Statistical return of the lunatic asylum in Assam - 1912-1932
Year: 1912
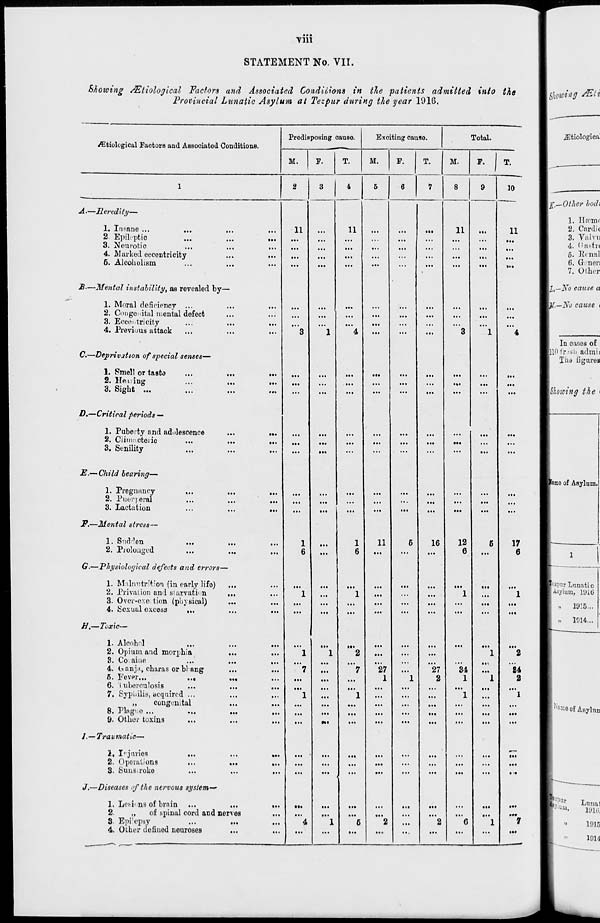
vm
STATEMENT No. VII.
Showing /ZLtiological Factors and Associated Conditions in the patients admitted into the
Provincial Lunatic Asylum at Tezpur during the year 1916.
/Etiological Factors and Associated Conditions.
Predisposing cause.
M.
Exciting causo.
Total.
M.
A.—Heredity—
1. Insane ...
..
2 Epileptic
3. Neurotic
4. Marked eccentricity
6. Alcoholism
B—Mental instability, as revealed by—
1. Moral deficiency ...
2. Congenital mental defect
3. Eccentricity
4. Previous attack
C.—Deprivation of special senses-
1. Smell or tasta
2. He i: ins
3. Sight
J o
D.—Critical periods —
1. Puberty and adolescence
2. CJimaoterio
3. Senility
E.— Child hearing—
1. Pregnancy
2. Puerperal
3. Lactation
F.—Mental stress—
1. Sudden
2. PioloiuR'd
G.—Physiological defects and errors—
1. Malnutrition (in early life)
,
2. Privation and starvation
3. Over-exe tion (physical)
4. Sexual excess
...
H.—Toxic—
1. Alcohol
2. Opium and morphia
8. Cocaine
4. (aranja, charas or bl ang
6. Fever...
...
6. tuberculosis
7. Sypliilis, acquired ...
„
congenital
8. Plague ...
9. Other toxins
•••
I.—Traumatic—
1. I' juries
2. Operations
3. Suus.roke
J.—Diseases of the nervous system—
1. Lei-i* ns of brain
2.
„
of spinal cord and nerves
3. Epi'epsy
4. Other dofiued neuroses
11
11
3
...
• ••
...
...
...
...
...
...
...
-ll
...
Ml
...
...
...
...
Ill
...
...
11
M.
27
•••
...
27
2
F.
11
16
12
34
1
10
11
•••
17
6
84
2
...
•••
|X.—No cause a
r .—No cause <
|«pur Lunatic
1 Asylum, 11)1 ti